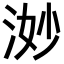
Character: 𪶋